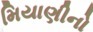
મિયાણીનો